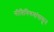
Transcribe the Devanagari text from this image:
नीतिनियमांपासून